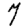
Digit: 7